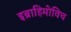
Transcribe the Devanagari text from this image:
इब्राहिमोविच